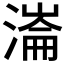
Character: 𣼍